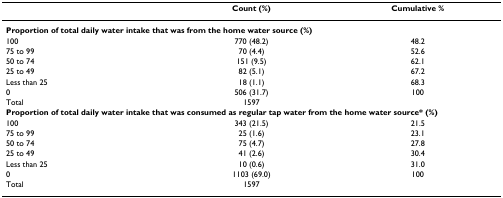
<table><thead><tr><td></td><td><b>Count (%)</b></td><td><b>Cumulative %</b></td></tr></thead><tbody><tr><td colspan="3"><b>Proportion of total daily water intake that was from the home water source (%)</b></td></tr><tr><td>100</td><td>770 (48.2)</td><td>48.2</td></tr><tr><td>75 to 99</td><td>70 (4.4)</td><td>52.6</td></tr><tr><td>50 to 74</td><td>151 (9.5)</td><td>62.1</td></tr><tr><td>25 to 49</td><td>82 (5.1)</td><td>67.2</td></tr><tr><td>Less than 25</td><td>18 (1.1)</td><td>68.3</td></tr><tr><td>0</td><td>506 (31.7)</td><td>100</td></tr><tr><td>Total</td><td>1597</td><td></td></tr><tr><td colspan="3"><b>Proportion of total daily water intake that was consumed as regular tap water from the home water source* (%)</b></td></tr><tr><td>100</td><td>343 (21.5)</td><td>21.5</td></tr><tr><td>75 to 99</td><td>25 (1.6)</td><td>23.1</td></tr><tr><td>50 to 74</td><td>75 (4.7)</td><td>27.8</td></tr><tr><td>25 to 49</td><td>41 (2.6)</td><td>30.4</td></tr><tr><td>Less than 25</td><td>10 (0.6)</td><td>31.0</td></tr><tr><td>0</td><td>1103 (69.0)</td><td>100</td></tr><tr><td>Total</td><td>1597</td><td></td></tr></tbody></table>